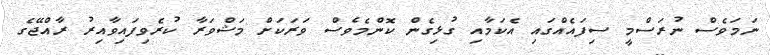
ނަމަވެސް ނުރަސްމީ ސިފައެއްގައި އެކަމާއި ގުޅިގެން ކޮންމެވެސް ވަރަކަށް މަޝްވަރާ ކުރެވިފައިވާއިރު ރާއްޖޭގެ